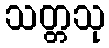
သတ္တသု